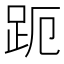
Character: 𮛊